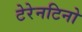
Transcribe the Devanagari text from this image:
टेरेनटिनो